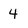
Character: 4